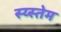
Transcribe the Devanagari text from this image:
स्य्स्तेम